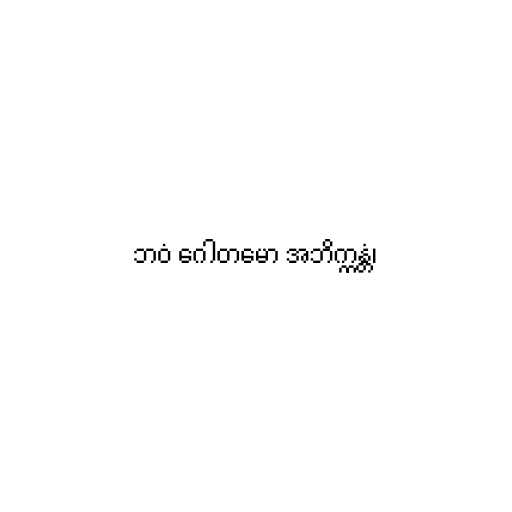
ဘဝံ ဂေါတမော အဘိက္ကန္တံ၊